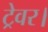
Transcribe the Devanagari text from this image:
ट्रेवर।